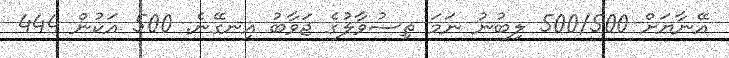
އޭނާޔަށް 500/500 ލިބުނު ނަމަ ތިސުވާލުގެ ޖަވާބު އިނގޭނެ. 500 އަކުން 444